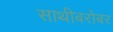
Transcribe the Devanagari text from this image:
साथीबरोबर